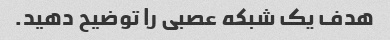
هدف یک شبکه عصبی را توضیح دهید.